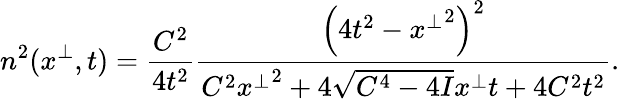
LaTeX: n^{2}(x^{\perp},t)=\frac{C^{2}}{4t^{2}}\frac{\left(4t^{2}-{x^{\perp}}^{2}\right)^{2}}{C^{2}{x^{\perp}}^{2}+4\sqrt{C^{4}-4I}x^{\perp}t+4C^{2}t^{2}}.